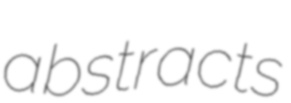
abstracts